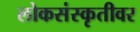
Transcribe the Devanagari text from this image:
लोकसंस्कृतीवर